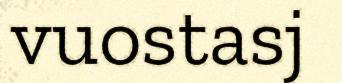
vuostasj